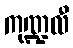
ကုဏ္ဍလီ